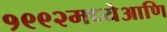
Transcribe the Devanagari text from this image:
१९९२मध्येआणि